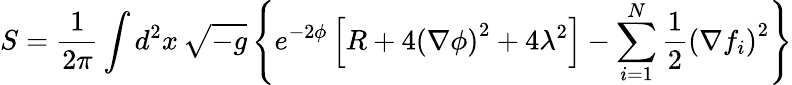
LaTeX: S={\frac{1}{2\pi}}\int d^{2}x\, {\sqrt{-g}}\left\{ e^{-2\phi}\left[R+4\left(\nabla\phi\right)^{2}+4\lambda^{2}\right]-\sum_{i=1}^{N}{\frac{1}{2}}\left(\nabla f_{i}\right)^{2}\right\}